Indian journal of veterinary science and animal husbandry - Volume 10,
Year: 1940
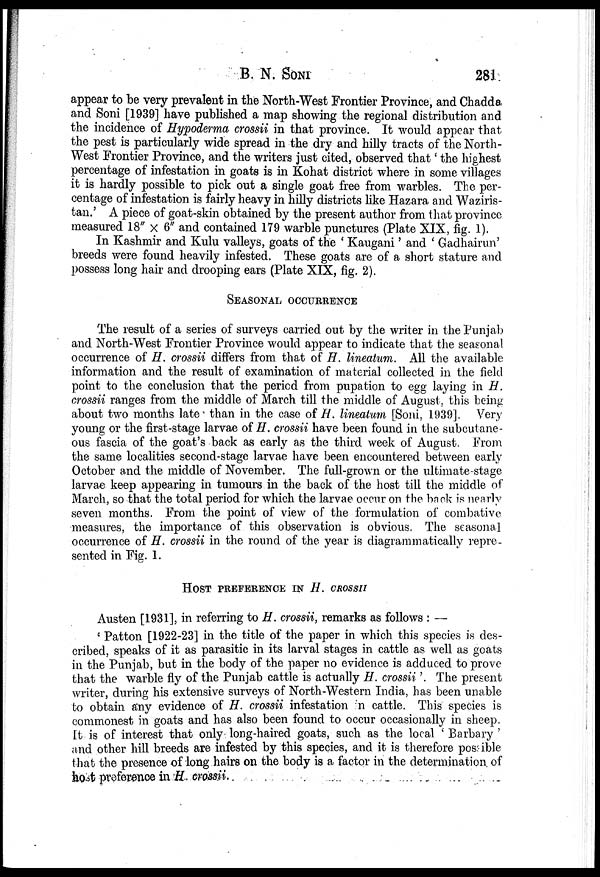
B. N. SONI 281
appear to be very prevalent in the North-West Frontier Province, and Chadda
and Soni [1939] have published a map showing the regional distribution and
the incidence of Hypoderma crossii in that province. It would appear that
the pest is particularly wide spread in the dry and hilly tracts of the North-
West Frontier Province, and the writers just cited, observed that' the highest
percentage of infestation in goats is in Kohat district where in some villages
it is hardly possible to pick out a single goat free from warbles. The per-
centage of infestation is fairly heavy in hilly districts like Hazara and Waziris-
tan.' A piece of goat-skin obtained by the present author from that province
measured 18" × 6" and contained 179 warble punctures (Plate XIX, fig. 1).
In Kashmir and Kulu valleys, goats of the ' Kaugani' and ' Gadhairun'
breeds were found heavily infested. These goats are of a short stature and
possess long hair and drooping ears (Plate XIX, fig. 2).
SEASONAL OCCURRENCE
The result of a series of surveys carried out by the writer in the Punjab
and North-West Frontier Province would appear to indicate that the seasonal
occurrence of H. crossii differs from that of H. lineatum. All the available
information and the result of examination of material collected in the field
point to the conclusion that the period from pupation to egg laying in H.
crossii ranges from the middle of March till the middle of August, this being
about two months late than in the case of H. lineatum [Soni, 1939]. Very
young or the first-stage larvae of H. crossii have been found in the subcutane-
ous fascia of the goat's back as early as the third week of August. From
the same localities second-stage larvae have been encountered between early
October and the middle of November. The full-grown or the ultimate-stage
larvae keep appearing in tumours in the back of the host till the middle of
March, so that the total period for which the larvae occur on the back is nearly
seven months. From the point of view of the formulation of combative
measures, the importance of this observation is obvious. The seasonal
occurrence of H. crossii in the round of the year is diagrammatically repre-
sented in Fig. 1.
HOST PREFERENCE IN H. CROSSII
Austen [1931], in referring to H. crossii, remarks as follows : —
' Patton [1922-23] in the title of the paper in which this species is des-
cribed, speaks of it as parasitic in its larval stages in cattle as well as goats
in the Punjab, but in the body of the paper no evidence is adduced to prove
that the warble fly of the Punjab cattle is actually H. crossii '. The present
writer, during his extensive surveys of North-Western India, has been unable
to obtain any evidence of H. crossii infestation in cattle. This species is
commonest in goats and has also been found to occur occasionally in sheep.
It is of interest that only long-haired goats, such as the local 'Barbary'
and other hill breeds are infested by this species, and it is therefore possible
that the presence of long hairs on the body is a factor in the determination of
host preference in H crossii.